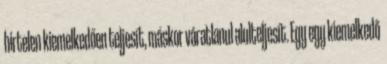
hirtelen kiemelkedően teljesít, máskor váratlanul alulteljesít. Egy egy kiemelkedő